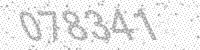
Solution: 078341